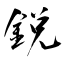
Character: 鋭